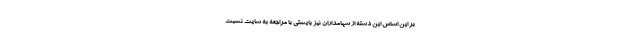
بر این اساس این دسته از سهامداران نیز بایستی با مراجعه به سایت نسبت